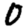
Digit: 0